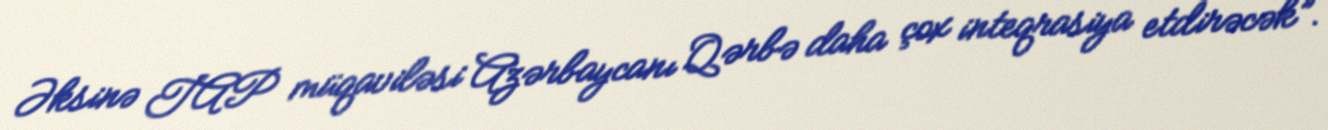
Əksinə TAP müqaviləsi Azərbaycanı Qərbə daha çox inteqrasiya etdirəcək”.